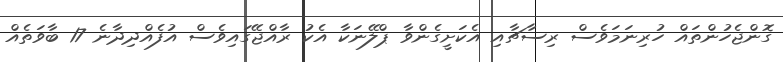
ގޮންޖެހުންތައް ހުރިނަމަވެސް ރިސާޗާއި އެކަށީގެންވާ ޕްލޭނަކާ އެކު ރާއްޖޭގައިވެސް އުފެއްދިދާނެ 17 ބާވަތެއް